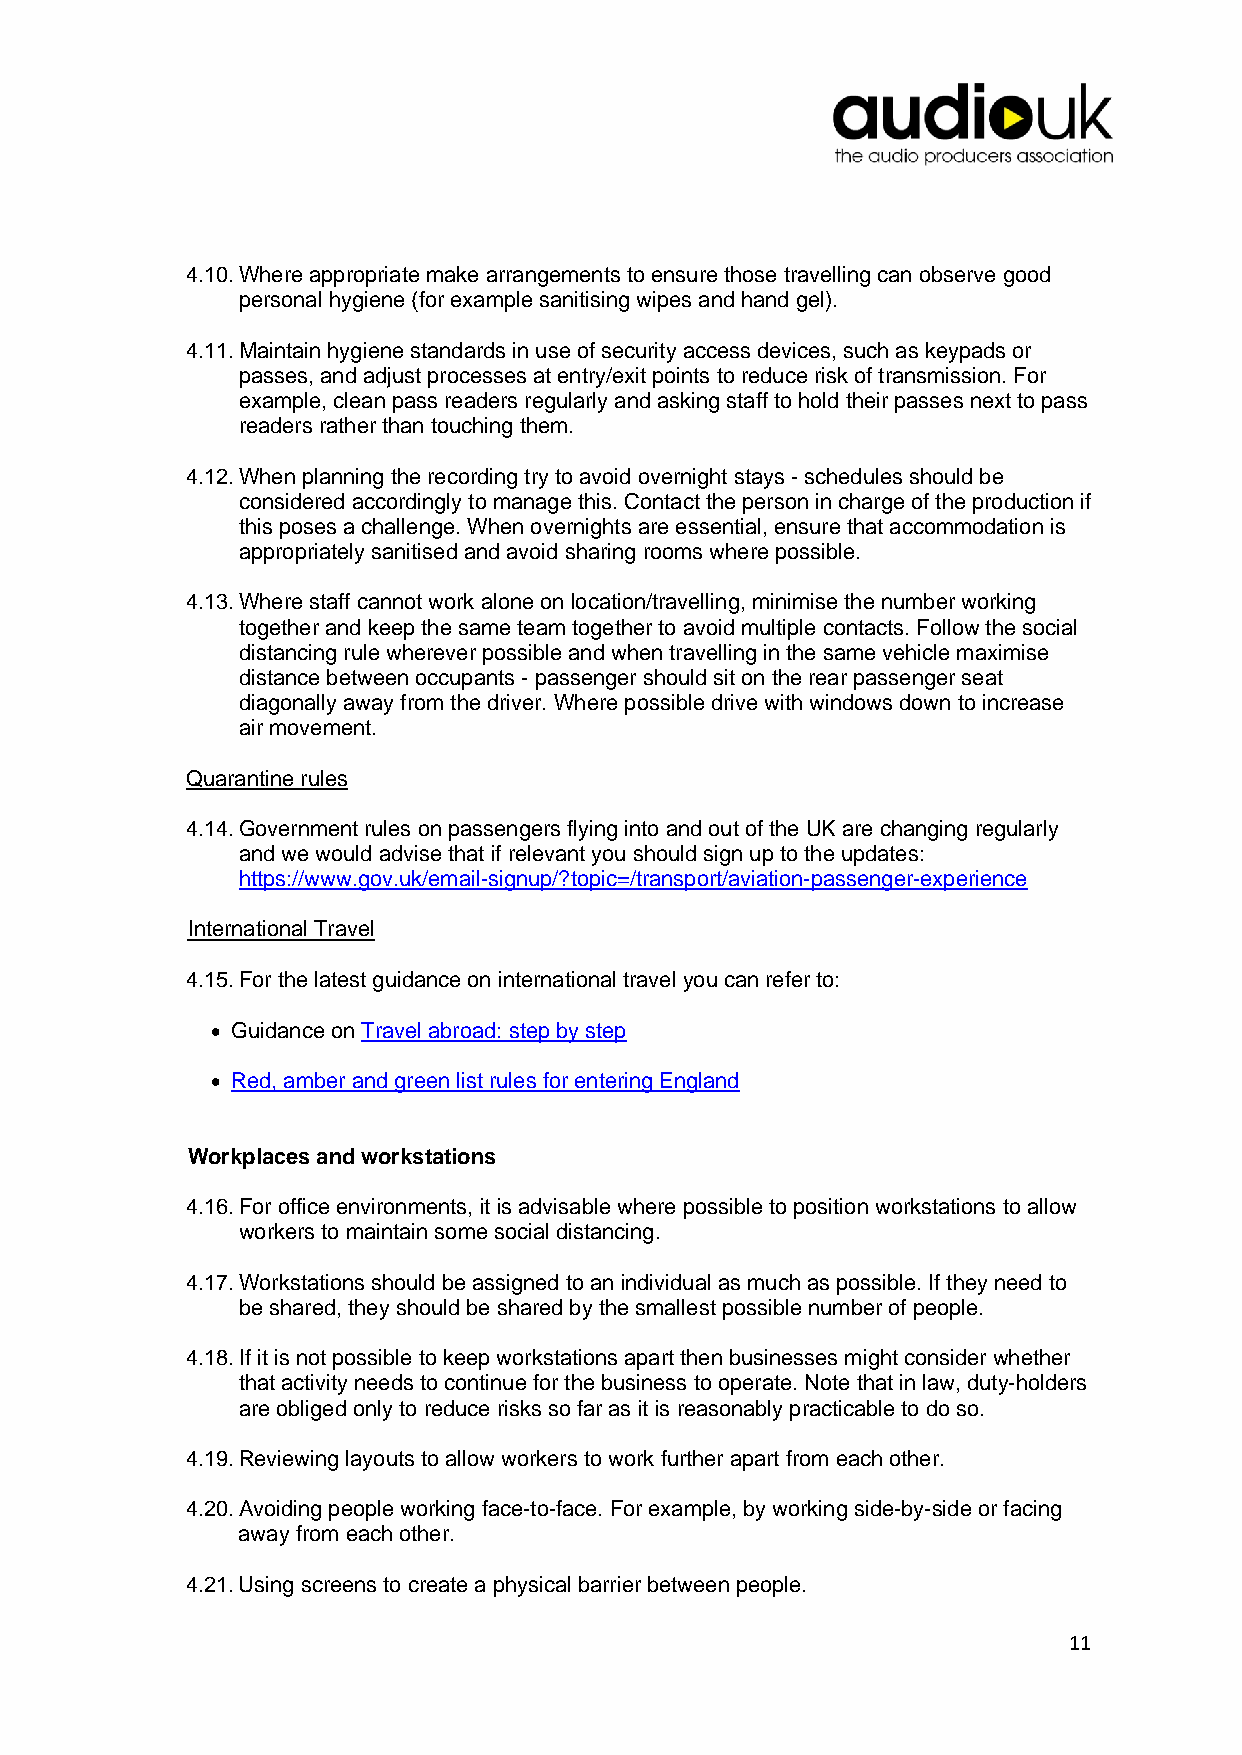
4.10. Where appropriate make arrangements to ensure those travelling can observe good
 personal hygiene (for example sanitising wipes and hand gel).
 4.11. Maintain hygiene standards in use of security access devices, such as keypads or
 passes, and adjust processes at entry/exit points to reduce risk of transmission. For
 example, clean pass readers regularly and asking staff to hold their passes next to pass
 readers rather than touching them.
 4.12. When planning the recording try to avoid overnight stays - schedules should be
 considered accordingly to manage this. Contact the person in charge of the production if
 this poses a challenge. When overnights are essential, ensure that accommodation is
 appropriately sanitised and avoid sharing rooms where possible.
 4.13. Where staff cannot work alone on location/travelling, minimise the number working
 together and keep the same team together to avoid multiple contacts. Follow the social
 distancing rule wherever possible and when travelling in the same vehicle maximise
 distance between occupants - passenger should sit on the rear passenger seat
 diagonally away from the driver. Where possible drive with windows down to increase
 air movement.
 Quarantine rules
 4.14. Government rules on passengers flying into and out of the UK are changing regularly
 and we would advise that if relevant you should sign up to the updates:
 https://www.gov.uk/email-signup/?topic=/transport/aviation-passenger-experience
 International Travel
 4.15. For the latest guidance on international travel you can refer to:
 • Guidance on Travel abroad: step by step
 • Red, amber and green list rules for entering England
 Workplaces and workstations
 4.16. For office environments, it is advisable where possible to position workstations to allow
 workers to maintain some social distancing.
 4.17. Workstations should be assigned to an individual as much as possible. If they need to
 be shared, they should be shared by the smallest possible number of people.
 4.18. If it is not possible to keep workstations apart then businesses might consider whether
 that activity needs to continue for the business to operate. Note that in law, duty-holders
 are obliged only to reduce risks so far as it is reasonably practicable to do so.
 4.19. Reviewing layouts to allow workers to work further apart from each other.
 4.20. Avoiding people working face-to-face. For example, by working side-by-side or facing
 away from each other.
 4.21. Using screens to create a physical barrier between people.
 11